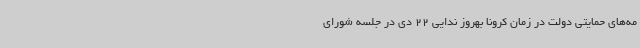
مه‌های حمایتی دولت در زمان کرونا بهروز ندایی 22 دی در جلسه شورای